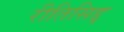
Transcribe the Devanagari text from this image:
रीतिसिद्द्